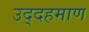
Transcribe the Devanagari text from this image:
उद्दहमाण